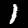
Digit: 1